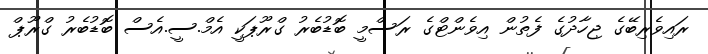
ރައިވެރިބޭގެ ޖިހާދުގެ ފެތުން އިވެންޓްގެ ރަސްމީ ބޮޑުބެރު ގްރޫޕަކީ އެމް.ސީ.އެސް ބޮޑުބެރު ގްރޫޕް